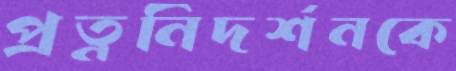
প্রত্ননিদর্শনকে